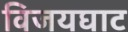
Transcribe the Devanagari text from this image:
विजयघाट